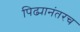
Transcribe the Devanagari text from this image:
पिढ्यानंतरच